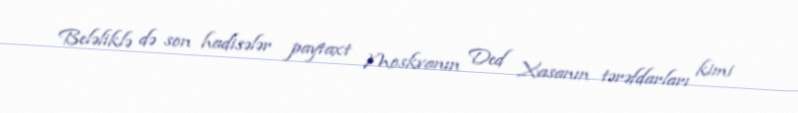
Beləliklə də son hadisələr paytaxt Moskvanın Ded Xasanın tərəfdarları kimi